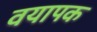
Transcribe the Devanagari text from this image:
वयापक